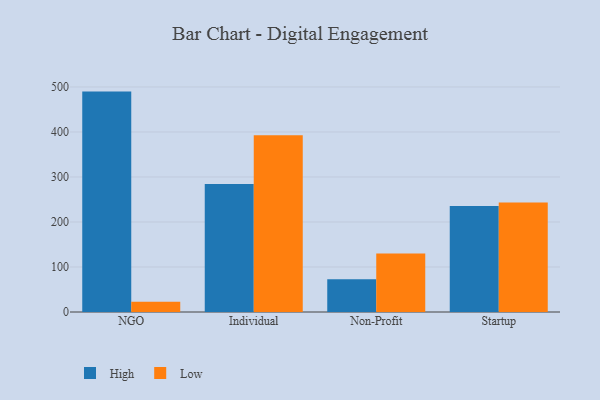
{"axis": {"x": "Segment", "y": "Customer Acquisition Cost (USD)"}, "legend": ["High", "Low"], "data": [{"x": "NGO", "y": 489.7, "type": "High"}, {"x": "NGO", "y": 22.9, "type": "Low"}, {"x": "Individual", "y": 284.4, "type": "High"}, {"x": "Individual", "y": 392.8, "type": "Low"}, {"x": "Non-Profit", "y": 72.8, "type": "High"}, {"x": "Non-Profit", "y": 130.1, "type": "Low"}, {"x": "Startup", "y": 235.3, "type": "High"}, {"x": "Startup", "y": 243.2, "type": "Low"}]}